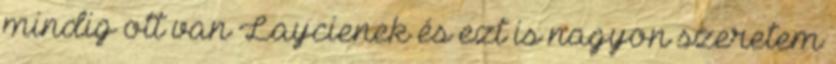
mindig ott van Laycienek és ezt is nagyon szeretem